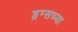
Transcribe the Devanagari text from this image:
ड्रग्सच्या